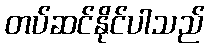
တပ်ဆင်နိုင်ပါသည်